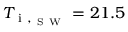
T _ { \mathrm { ~ i ~ } , _ { \mathrm { ~ S ~ W ~ } } } = 2 1 . 5